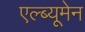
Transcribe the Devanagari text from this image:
एल्ब्यूमेन